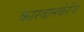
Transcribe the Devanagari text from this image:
कारवानकेरेंज